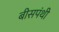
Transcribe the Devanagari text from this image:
बीसपंथी